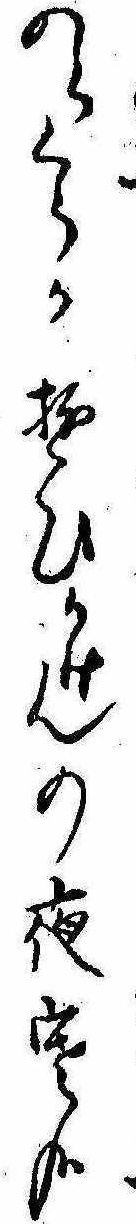
のらくらか遊ひかけんの夜寒哉